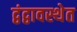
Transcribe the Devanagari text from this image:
द्वंद्वावस्थेत